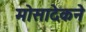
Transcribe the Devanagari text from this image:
मोसादेकने